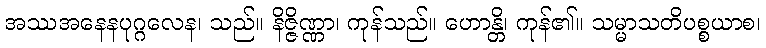
အဿအနေနပုဂ္ဂလေန၊ သည်။ နိဇ္ဇိဏ္ဏာ၊ ကုန်သည်။ ဟောန္တိ၊ ကုန်၏။ သမ္မာသတိပစ္စယာစ၊